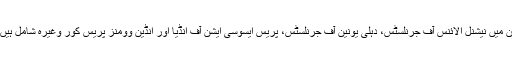
ان میں نیشنل الائنس آف جرنلسٹس، دہلی یونین آف جرنلسٹس، پریس ایسوسی ایشن آف انڈیا اور انڈین وومنز پریس کور وغیرہ شامل ہیں۔